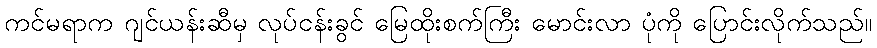
ကင်မရာက ဂျင်ယန်းဆီမှ လုပ်ငန်းခွင် မြေထိုးစက်ကြီး မောင်းလာ ပုံကို ပြောင်းလိုက်သည်။